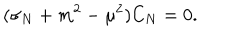
LaTeX: ( \sigma _ { N } + m ^ { 2 } - \mu ^ { 2 } ) C _ { N } = 0 .